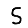
Digit: 5